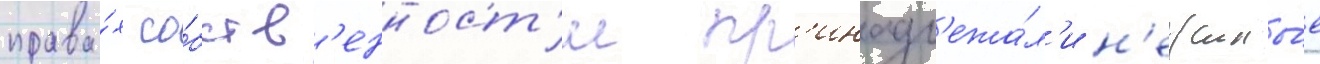
права́х со́бств'енност'и пр'инадл'ежа́л'и н'ежилы́е